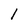
Character: l